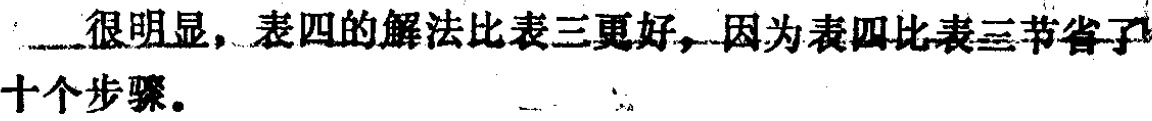
很明显，表四的解法比表三更 好，因为表四比表三节省了十个步骤。